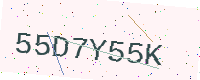
Text: 55D7Y55K